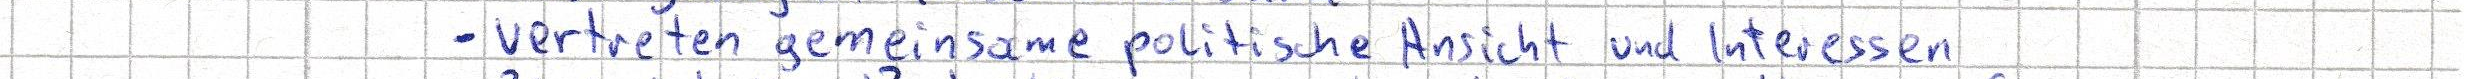
- vertreten gemeinsame politische Ansicht und Interessen